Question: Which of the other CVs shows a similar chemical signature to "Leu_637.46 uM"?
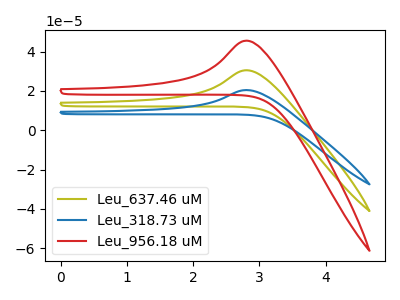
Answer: <think>The olive curve "Leu_637.46 uM" has an anodic peak at: (2.80V, 30.50uA). The blue curve "Leu_318.73 uM" has an anodic peak at: (2.80V, 20.45uA). The red curve "Leu_956.18 uM" has an anodic peak at: (2.80V, 61.00uA).
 All the peaks in "Leu_637.46 uM" have a peak in "Leu_318.73 uM" at the same potential. Every peak in "Leu_637.46 uM" is higher than every peak in "Leu_318.73 uM". All the peaks in "Leu_637.46 uM" have a peak in "Leu_956.18 uM" at the same potential. Every peak in "Leu_637.46 uM" is lower than every peak in "Leu_956.18 uM". All the peaks in "Leu_318.73 uM" have a peak in "Leu_956.18 uM" at the same potential. Every peak in "Leu_318.73 uM" is lower than every peak in "Leu_956.18 uM".</think>
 <answer>"Leu_637.46 uM" and "Leu_956.18 uM" have a similar shape to "Leu_318.73 uM".</answer>
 <eval>"Leu_637.46 uM" "Leu_956.18 uM"</eval>